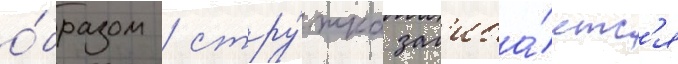
о́бразом / стру́жка заг'иба́етс'я